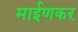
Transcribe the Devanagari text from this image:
माईणकर